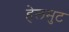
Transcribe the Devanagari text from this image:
हेलमुट